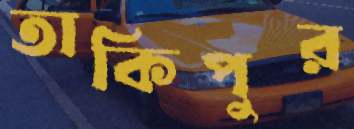
তাকিপুর